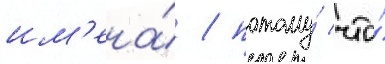
им'ена́ / потому́ что́